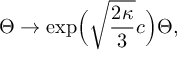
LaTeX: \Theta \to \exp \! \Big ( \sqrt { \frac { 2 \kappa } { 3 } } c \Big ) \Theta ,